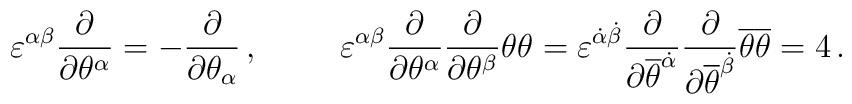
\varepsilon^{\alpha\beta}\frac{\partial}{\partial\theta^{\alpha}} = 	-\frac{\partial}{\partial\theta_{\alpha}} \, , \hspace{1cm} 	\varepsilon^{\alpha\beta}\frac{\partial}{\partial\theta^{\alpha}}	\frac{\partial}{\partial\theta^{\beta}} \theta\theta = 	\varepsilon^{{\dot\alpha}{\dot\beta}}\frac{\partial}	{\partial{\overline\theta}^{\dot\alpha}}	\frac{\partial}{\partial{\overline\theta}^{\dot\beta}} 	{\overline\theta}{\overline\theta} = 4 \, .